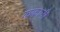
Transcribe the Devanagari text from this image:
ककानी